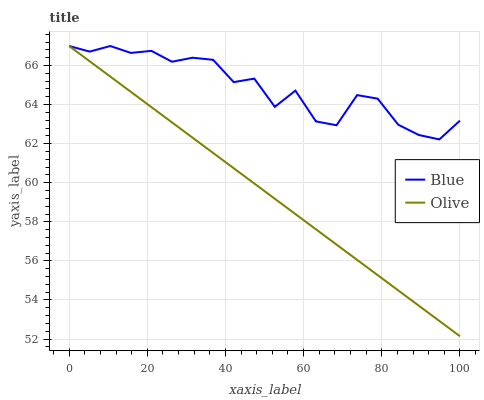
| xaxis_label | Blue | Olive |
 | --- | --- | --- |
 | 0 | 67 | 67 |
 | 5.26 | 66.7 | 66.2 |
 | 10.5 | 67 | 65.4 |
 | 15.8 | 66.6 | 64.7 |
 | 21.1 | 66.8 | 63.9 |
 | 26.3 | 66.2 | 63.1 |
 | 31.6 | 66.4 | 62.3 |
 | 36.8 | 66.3 | 61.5 |
 | 42.1 | 65.2 | 60.7 |
 | 47.4 | 65.3 | 60 |
 | 52.6 | 63.9 | 59.2 |
 | 57.9 | 64.7 | 58.4 |
 | 63.2 | 63.1 | 57.6 |
 | 68.4 | 62.9 | 56.8 |
 | 73.7 | 64.5 | 56.1 |
 | 78.9 | 64.3 | 55.3 |
 | 84.2 | 63 | 54.5 |
 | 89.5 | 62.4 | 53.7 |
 | 94.7 | 62.2 | 52.9 |
 | 100 | 63.2 | 52.1 |